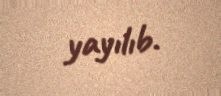
yayılıb.